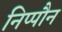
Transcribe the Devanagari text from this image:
निप्पौन